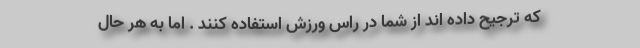
که ترجیح داده اند از شما در راس ورزش استفاده کنند . اما به هر حال